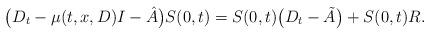
LaTeX: \begin{align*}\big(D_t-\mu(t,x,D)I-{\hat A}\big)S(0,t)=S(0,t)\big(D_t-{\tilde A}\big)+S(0,t)R.\end{align*}